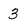
Character: 3